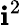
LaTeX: \mathbf{i}^{2}